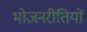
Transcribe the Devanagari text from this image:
भोजनरीतियों